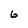
Character: G